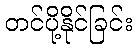
တင်ပို့နိုင်ခြင်း